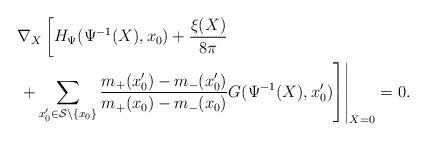
LaTeX: \begin{align*}&\nabla_X\left[H_\Psi(\Psi^{-1}(X),x_0)+\frac{\xi(X)}{8\pi}\right.\\ &\left.\left.+\sum_{x_0'\in{\cal S}\setminus\{x_0\}}\frac{m_+(x_0')-m_-(x_0')}{m_+(x_0)-m_-(x_0)}G(\Psi^{-1}(X),x_0')\right]\right|_{X=0}=0. \end{align*}